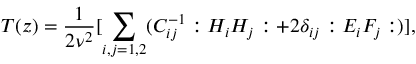
T ( z ) = \frac { 1 } { 2 \nu ^ { 2 } } [ \sum _ { i , j = 1 , 2 } ( C _ { i j } ^ { - 1 } : H _ { i } H _ { j } : + 2 \delta _ { i j } : E _ { i } F _ { j } : ) ] ,